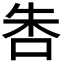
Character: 𠱒